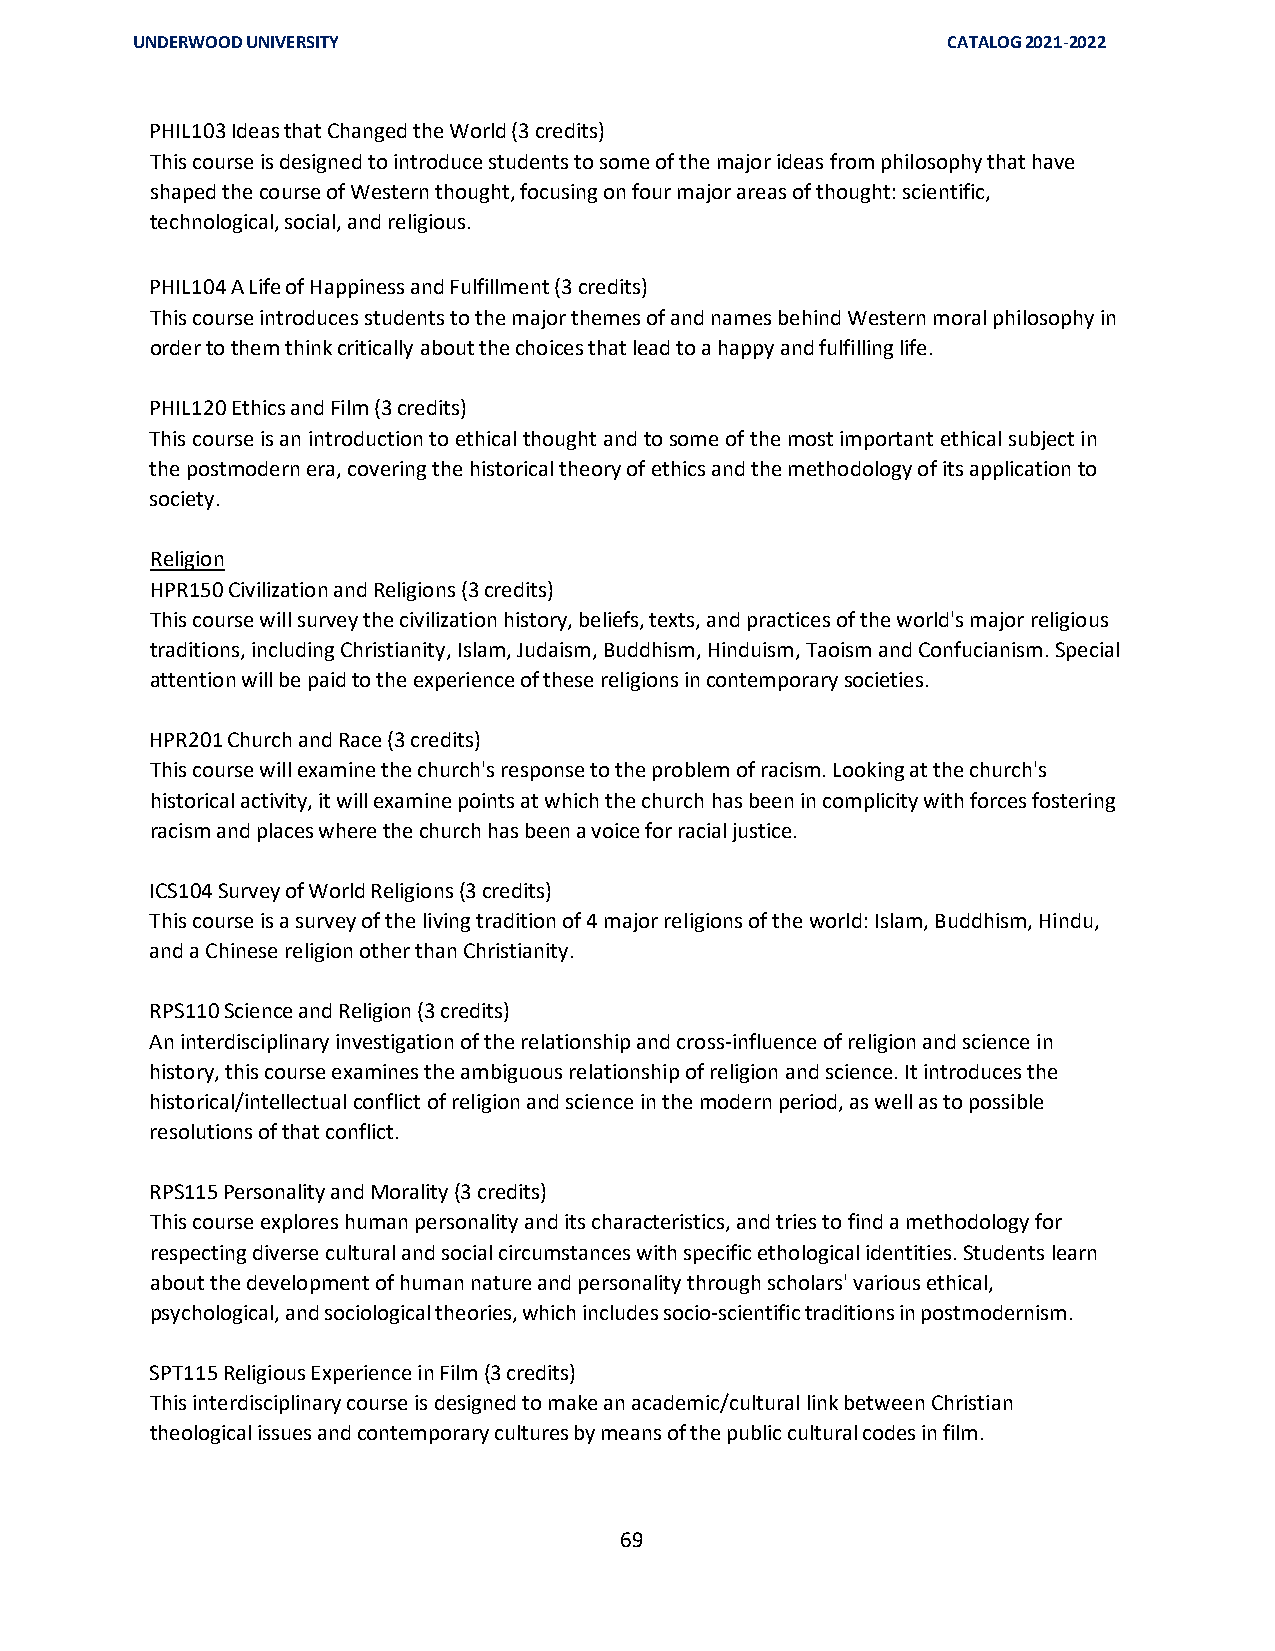
UNDERWOOD UNIVERSITY                                  CATALOG 2021-2022
 PHIL103 Ideas that Changed the World (3 credits)
 This course is designed to introduce students to some of the major ideas from philosophy that have
 shaped the course of Western thought, focusing on four major areas of thought: scientific,
 technological, social, and religious.
 PHIL104 A Life of Happiness and Fulfillment (3 credits)
 This course introduces students to the major themes of and names behind Western moral philosophy in
 order to them think critically about the choices that lead to a happy and fulfilling life.
 PHIL120 Ethics and Film (3 credits)
 This course is an introduction to ethical thought and to some of the most important ethical subject in
 the postmodern era, covering the historical theory of ethics and the methodology of its application to
 society.
 Religion
 HPR150 Civilization and Religions (3 credits)
 This course will survey the civilization history, beliefs, texts, and practices of the world's major religious
 traditions, including Christianity, Islam, Judaism, Buddhism, Hinduism, Taoism and Confucianism. Special
 attention will be paid to the experience of these religions in contemporary societies.
 HPR201 Church and Race (3 credits)
 This course will examine the church's response to the problem of racism. Looking at the church's
 historical activity, it will examine points at which the church has been in complicity with forces fostering
 racism and places where the church has been a voice for racial justice.
 ICS104 Survey of World Religions (3 credits)
 This course is a survey of the living tradition of 4 major religions of the world: Islam, Buddhism, Hindu,
 and a Chinese religion other than Christianity.
 RPS110 Science and Religion (3 credits)
 An interdisciplinary investigation of the relationship and cross-influence of religion and science in
 history, this course examines the ambiguous relationship of religion and science. It introduces the
 historical/intellectual conflict of religion and science in the modern period, as well as to possible
 resolutions of that conflict.
 RPS115 Personality and Morality (3 credits)
 This course explores human personality and its characteristics, and tries to find a methodology for
 respecting diverse cultural and social circumstances with specific ethological identities. Students learn
 about the development of human nature and personality through scholars' various ethical,
 psychological, and sociological theories, which includes socio-scientific traditions in postmodernism.
 SPT115 Religious Experience in Film (3 credits)
 This interdisciplinary course is designed to make an academic/cultural link between Christian
 theological issues and contemporary cultures by means of the public cultural codes in film.
 69